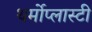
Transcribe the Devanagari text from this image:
थर्मोप्लास्टी